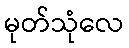
မုတ်သုံလေ